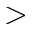
>